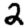
Digit: 2